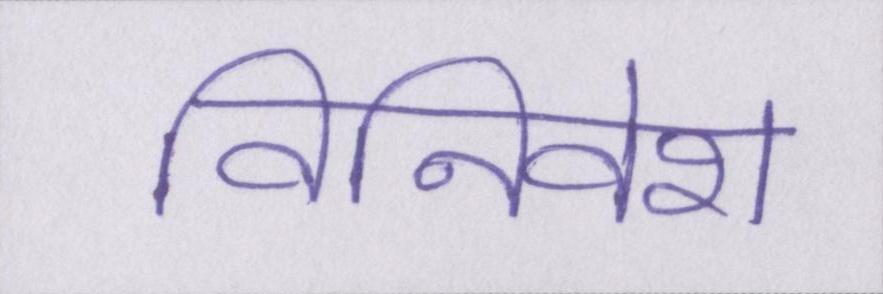
विनिवेश